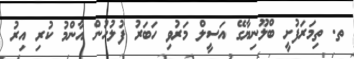
ތ. ތިމަރަފުށީ ބްލޫނިޔާގޭ އަސީލް މަރުވި ހަބަރު ފުލުހުން އާންމު ކުރި އިރު